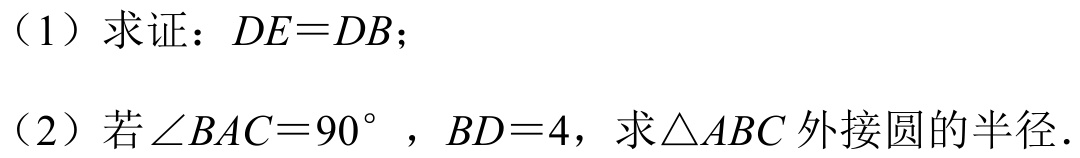
（1）求证：$DE = DB$；
（2）若$\angle BAC = 90^{\circ}$，$BD = 4$，求$\triangle ABC$外接圆的半径.